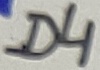
Text: D4